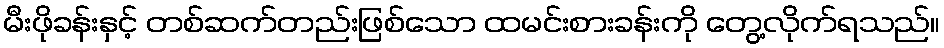
မီးဖိုခန်းနှင့် တစ်ဆက်တည်းဖြစ်သော ထမင်းစားခန်းကို တွေ့လိုက်ရသည်။